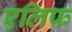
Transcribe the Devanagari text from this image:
एलिफ